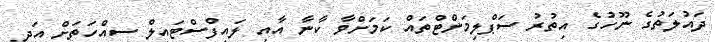
ދައުލަތުގެ ނޫހުގެ އިތުރު ސަޕްލިމަންޓްތައް ކަމަށްވާ ކާނާ އާއި ލައިފްސްޓައިލް ސިއްހަތަށް އަދި